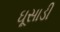
ઘૂસાડી